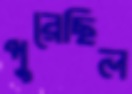
পুরেছিল